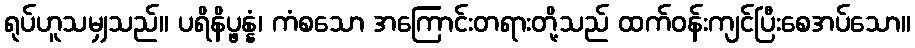
ရုပ်ဟူသမျှသည်။ ပရိနိပ္ဖန္နံ၊ ကံစသော အကြောင်းတရားတို့သည် ထက်ဝန်းကျင်ပြီးစေအပ်သော။